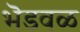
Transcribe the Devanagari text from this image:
भॆडवळ